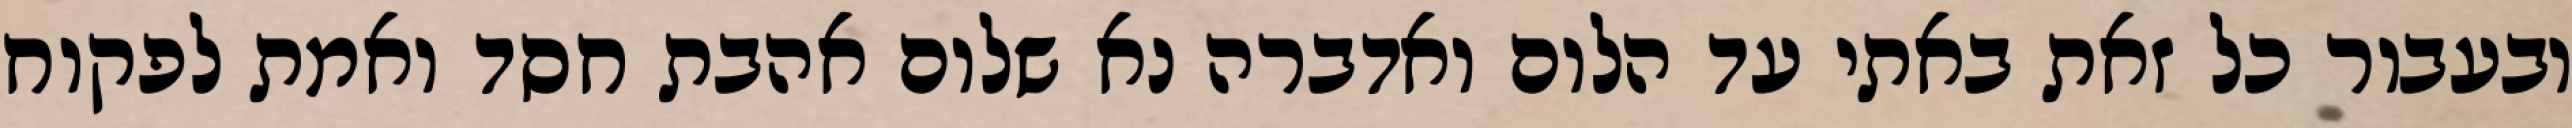
ובעבור כל זאת באתי עד הלום ואדברה נא שלום אהבת חסד ואמת לפקוח